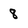
Character: 8